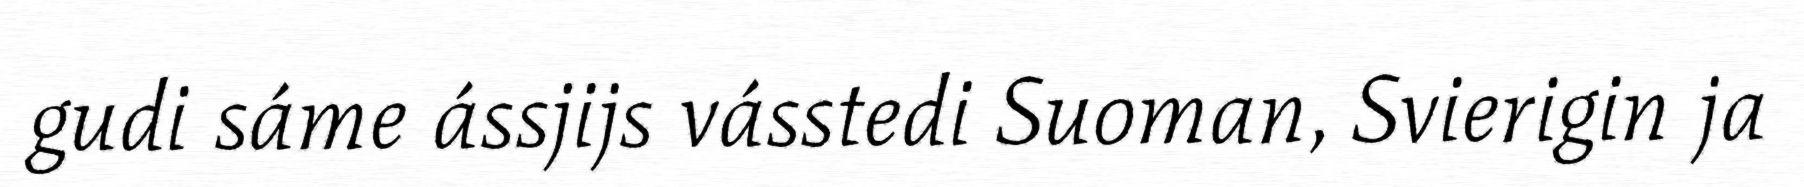
gudi sáme ássjijs vásstedi Suoman, Svierigin ja